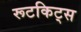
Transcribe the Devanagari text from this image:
रूटकिट्स